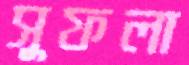
সুফলা